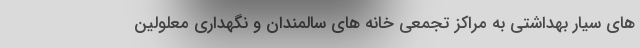
های سیار بهداشتی به مراکز تجمعی خانه های سالمندان و نگهداری معلولین